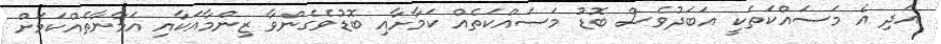
އަދި އެ މަސައްކަތަކީ އަބަދުވެސް ބޮޑު މަސައްކަތެއް ކަމާށާއި ބޮޑުވެގެންވާ ޒިންމާއަކާއި އަމާނާތެއްކަމަށް